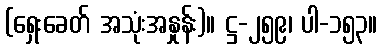
(ရှေးခေတ် အသုံးအနှုန်း)။ ဋ္ဌ-၂၅၉၊ ပါ-၁၅၃။